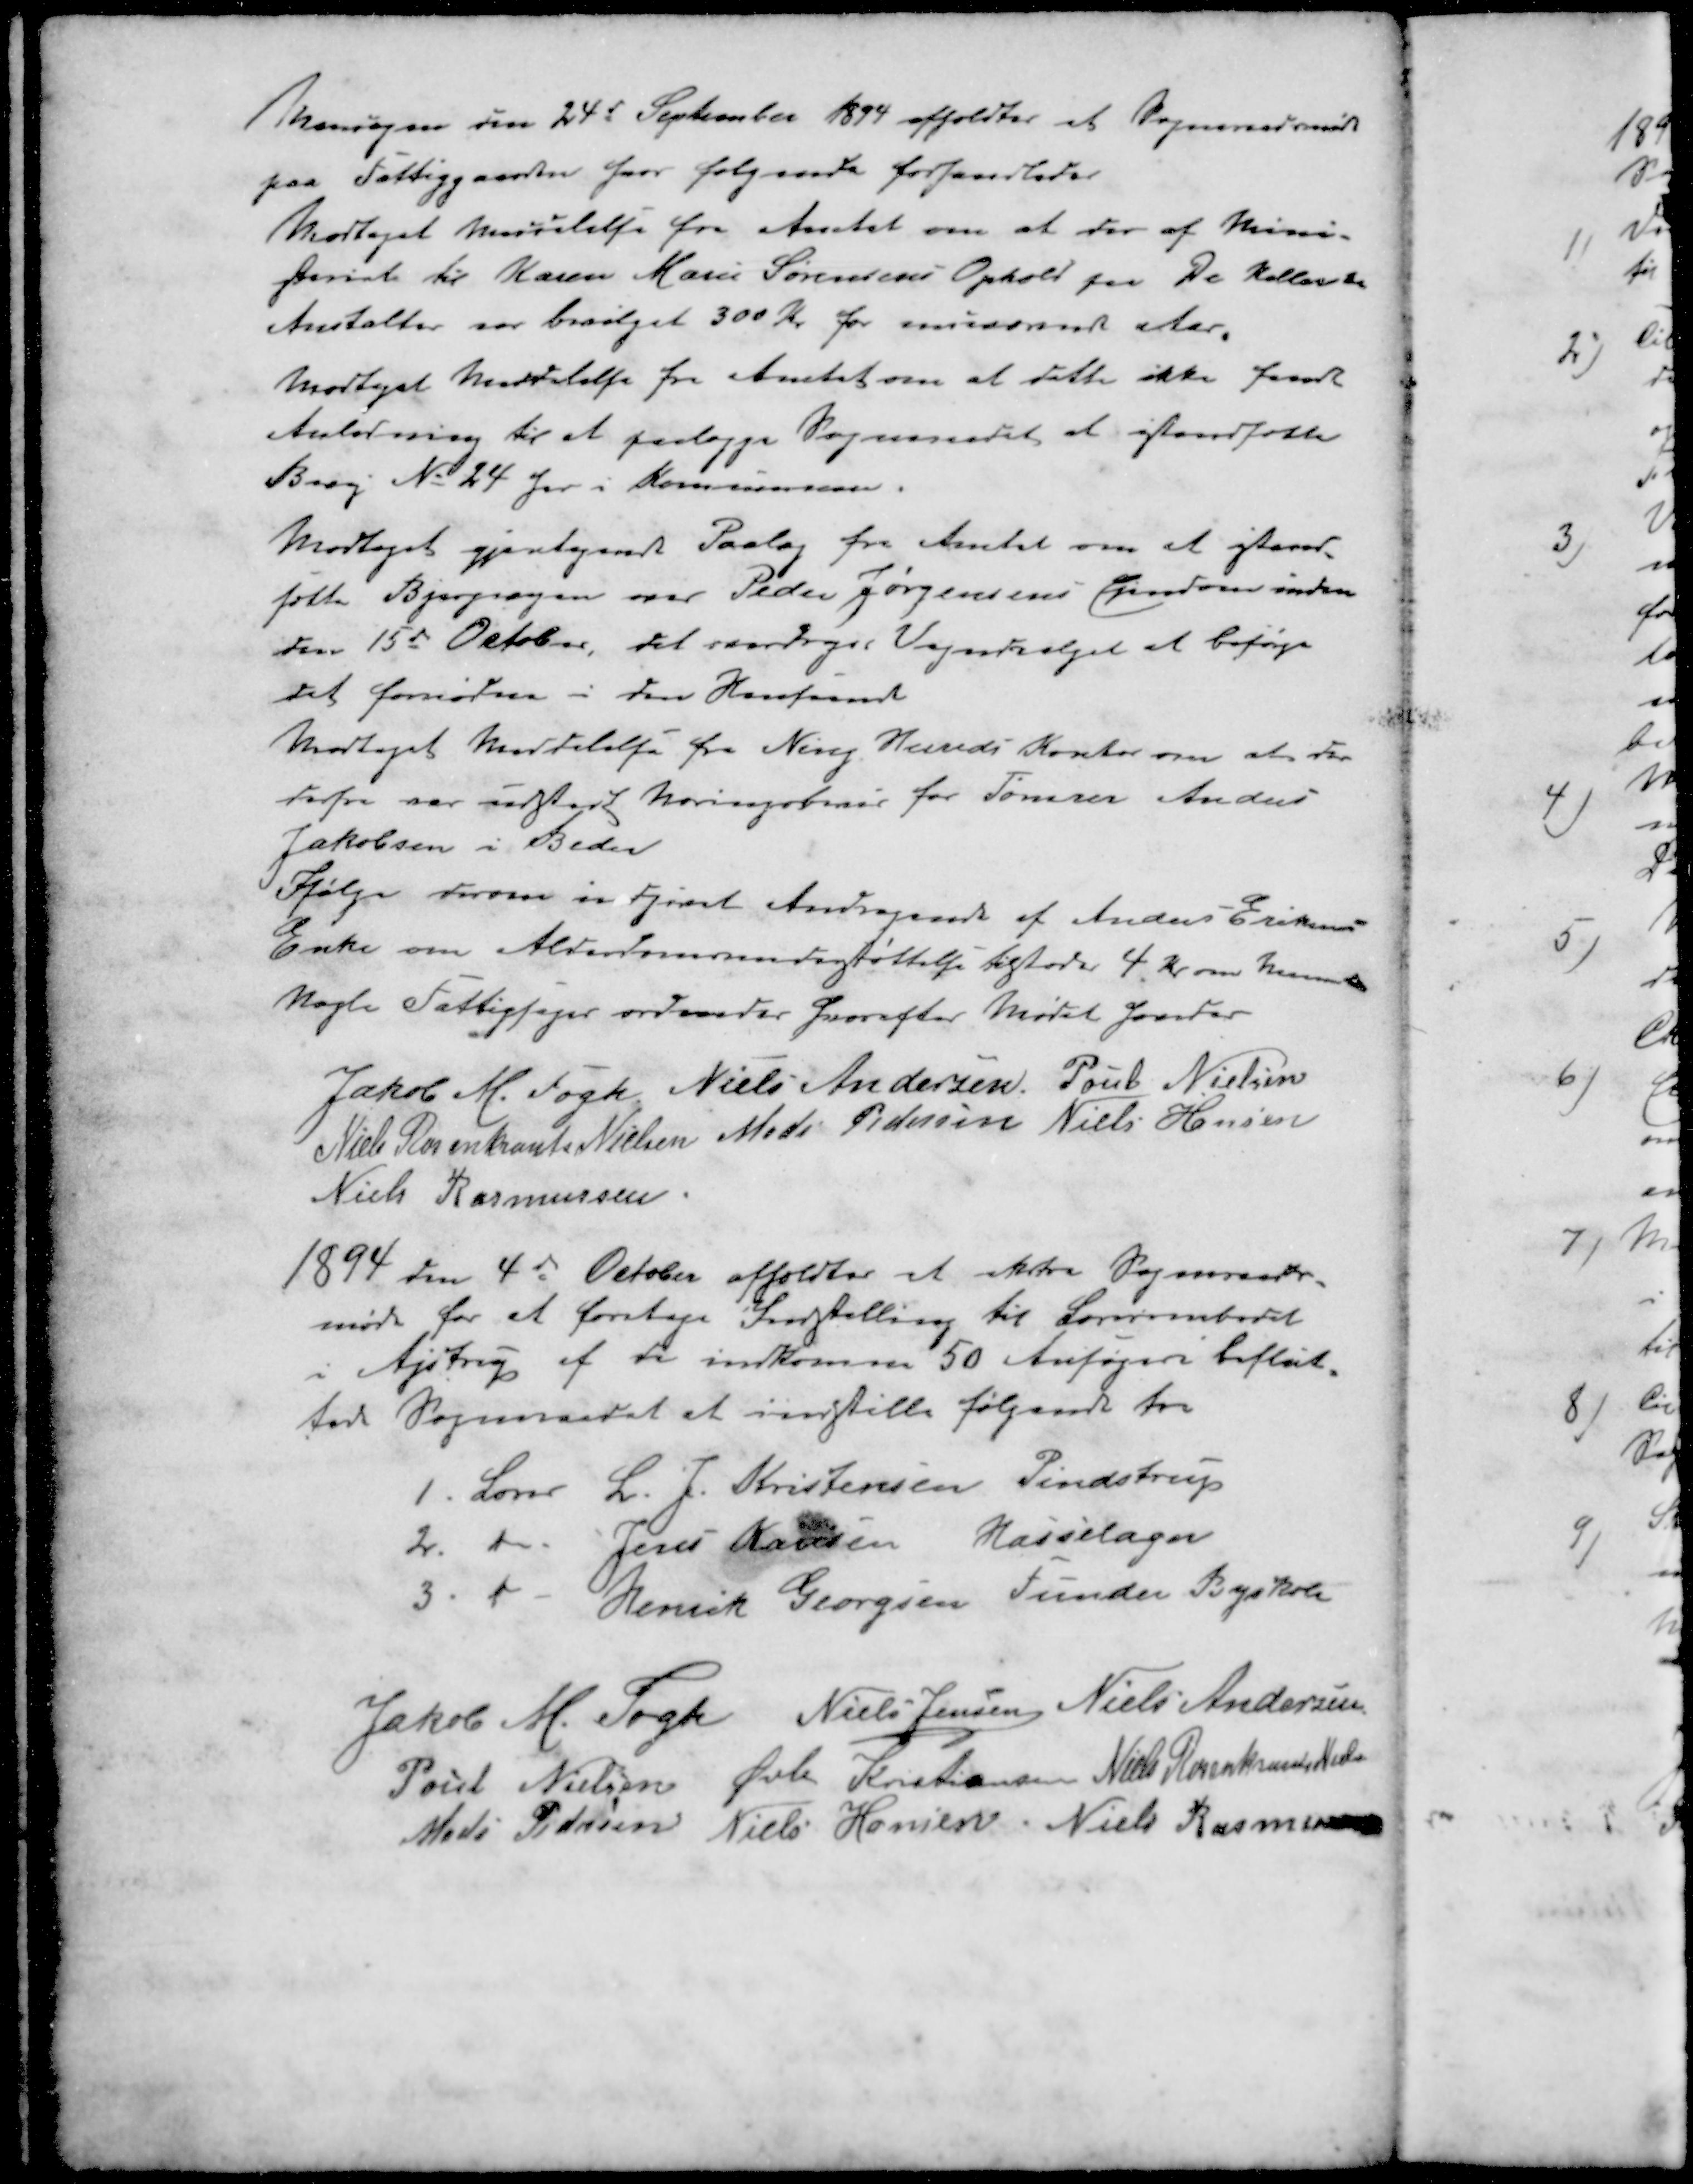
Transskription:
Mandagen den 24d September 1894 afholdtes et Sogneraadsmøde
paa Fattiggaarden hvor følgende forhandledes
Modtaget hendelelse fra Amtet om at der af Mini-
steriet til Karen Marie Sørensens Ophold fra De Kellerske
Anstalter var bevilget 300 Kr for indeværende Aar
Modtaget Meddelelse fra Amtet om at dette ikke fandt
Anledning til at paalægge Sogneraadet at istandsætte
Bivej No 24 her i Kommunen.
Modtaget gjentagende Paalæg fra Amtet om at istand-
sætte Bjergvejen over Peder Jørgensens Ejendom inden
den 15d October, det overdrages Vejudvalget at besørge
det fornødne i den Henseende
Modtaget Meddelelse fra Ning Herreds Kontor om at der
derfra var udstedt Næringsbrev for Tømrer Anders
Jakobsen i Beder
Ifølge derom indsendt Andragende af Anders Eriksens
Enke om Alderdomsunderstøttelse tilstodes 4 Kr om Maaneden
Nogle Fattigsager ordnedes hvorefter Mødet hævedes
Jakob M. Fogh
Niels Andersen
Poul Nielsen
Niels Rosenkrants Nielsen
Mads Pedersen
Niels Hansen
Niels Rasmussen
1894 den 4d October afholdtes et ekstra Sogneraads-
møde for at foretage Indstilling til Lærerembedet
i Ajstrup af de indkomne 50 Ansøgere beslut-
tede Sogneraadet at indstille følgende tre
1. Lærer L. J. Kristensen Pindstrup
2. " Jens Hansen Hasselager
3. " Henrik Georgsen Funder Byskole
Jakob M. Fogh
Niels Jensen
Niels Andersen
Poul Nielsen
Øvli Kristiansen
Niels Rosenkrants Nielsen
Mads Pedersen
Niels Hansen
Niels Rasmussen